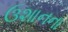
ઉશાનના